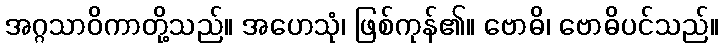
အဂ္ဂသာဝိကာတို့သည်။ အဟေသုံ၊ ဖြစ်ကုန်၏။ ဗောဓိ၊ ဗောဓိပင်သည်။